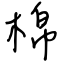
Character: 棉